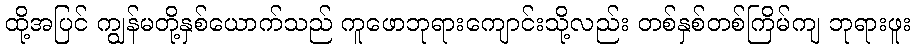
ထို့အပြင် ကျွန်မတို့နှစ်ယောက်သည် ကူဖောဘုရားကျောင်းသို့လည်း တစ်နှစ်တစ်ကြိမ်ကျ ဘုရားဖူး